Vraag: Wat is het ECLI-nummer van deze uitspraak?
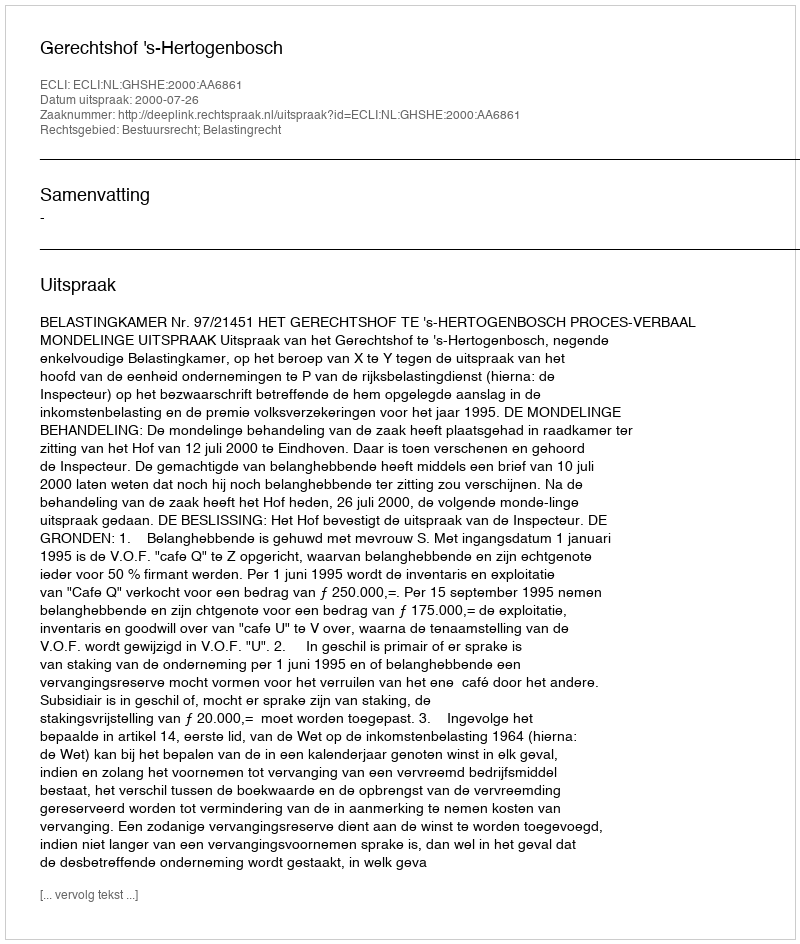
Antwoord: ECLI:NL:GHSHE:2000:AA6861